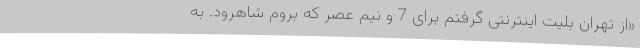
«از تهران بلیت اینترنتی گرفتم برای 7 و نیم عصر که بروم شاهرود. به